Annual report on the Civil Veterinary Department, Burma (including the Insein Veterinary School) - 1932-1941
Year: 1932
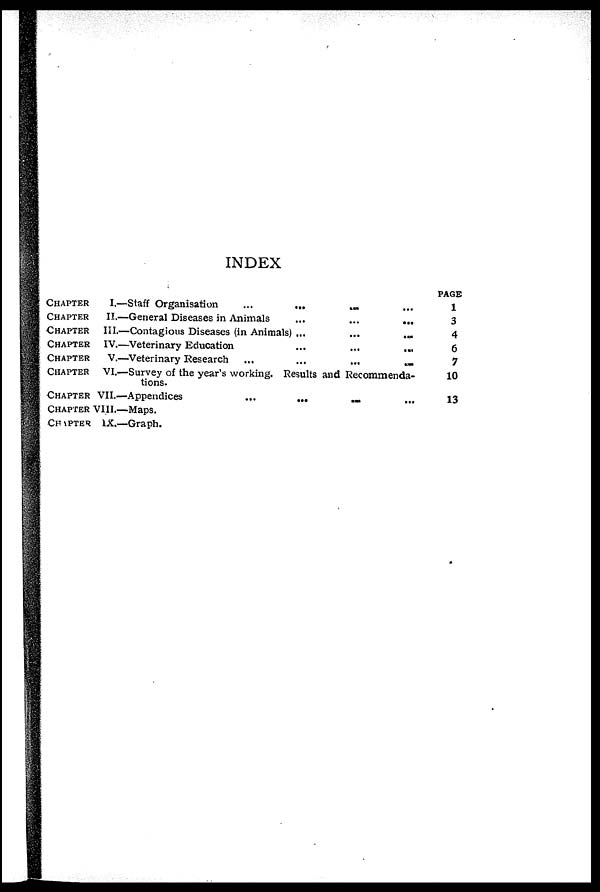
INDEX
CHAPTER
CHAPTER
CHAPTER
CHAPTER
CHAPTER
CHAPTER
CHAPTER
CHAPTER
CHAPTER
I.—Staff Organisation
...
... ... ...
II.—General Diseases in Animals
...
...
...
III.—Contagious Diseases (in Animals) ... ... ...
IV.—Veterinary Education
...
...
...
V.—Veterinary Research
...
...
...
...
VI.—Survey of the year's working. Results and Recommenda-
tions.
VII.—Appendices
...
...
...
...
VIII.—Maps.
IX.—Graph.
PAGE
1
3
4
6
7
10
13